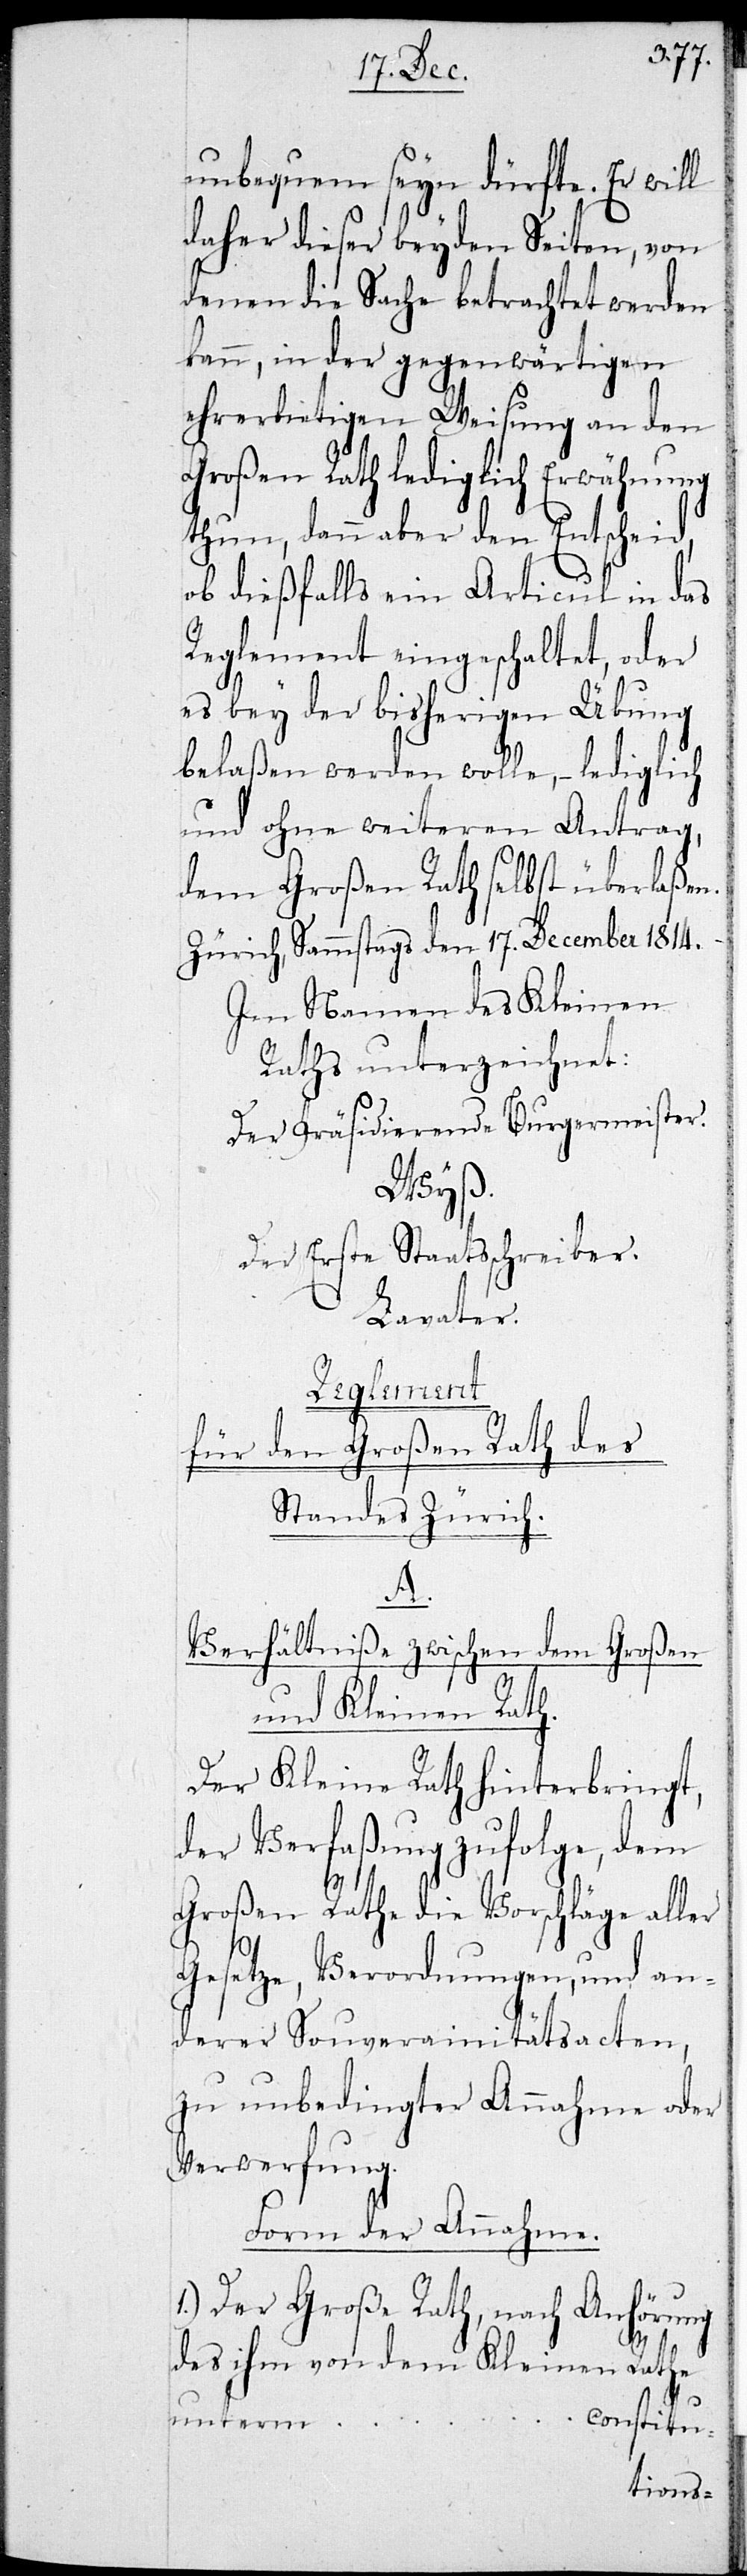
unbequem seyn dürfte. Er will
daher dieser beyden Seiten, von
denen die Sache betrachtet werden
kann, in der gegenwärtigen
ehrerbietigen Weisung an den
Großen Rath lediglich Erwähnung
thun, dann aber den Entscheid
ob dießfalls ein Articul in das
Reglement eingeschaltet, oder
belaßen werden wolle, lediglich
und ohne weiteren Antrag,
dem Großen Rath selbst überlaßen.
Zürich Sammstags den 17. December 1814.
Im Namen des Kleinen
Raths unterzeichnet:
Der Präsidierende Burgermeister.
Wyß.
Der Erste Staatsschreiber.
Lavater.
Reglement
Für den Großen Rath des
Standes Zürich.
A.
Verhältniße zwischen dem Großen
und Kleinen Rath.
Der Kleine Rath hinterbringt,
der Verfaßung zufolge, dem
Großen Rath die Vorschläge aller
Gesetze, Verordnungen, und an¬
derer Souverainitätsacten
zu unbedingter Annahme oder
Verwerfung.
Form der Annahme.
1.) Der Große Rath, nach Anhörung
des ihm von dem Kleinen Rath u¬
nterm …
constitu-